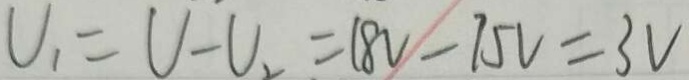
U _ { 1 } = U - U _ { 2 } = 1 8 V - 7 5 V = 3 V